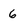
Character: 6